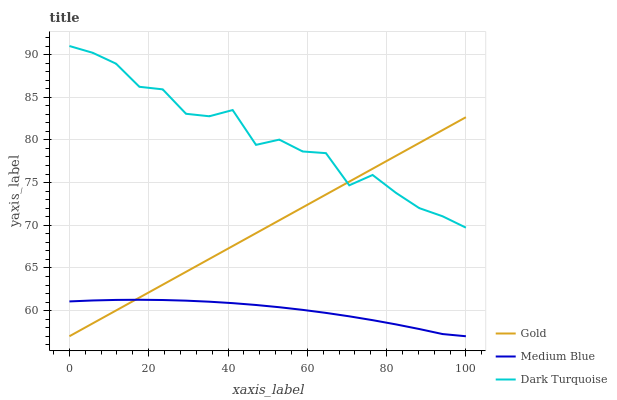
| xaxis_label | Gold | Medium Blue | Dark Turquoise |
 | --- | --- | --- | --- |
 | 0 | 57 | 61.1 | 91 |
 | 5.88 | 58.5 | 61.2 | 90.2 |
 | 11.8 | 60 | 61.3 | 88.9 |
 | 17.6 | 61.5 | 61.3 | 86.2 |
 | 23.5 | 63 | 61.2 | 85.9 |
 | 29.4 | 64.5 | 61.2 | 83.1 |
 | 35.3 | 66.1 | 61 | 82.8 |
 | 41.2 | 67.6 | 60.9 | 83.5 |
 | 47.1 | 69.1 | 60.7 | 79.4 |
 | 52.9 | 70.6 | 60.4 | 80 |
 | 58.8 | 72.1 | 60.1 | 78.6 |
 | 64.7 | 73.6 | 59.7 | 78.4 |
 | 70.6 | 75.1 | 59.3 | 74.7 |
 | 76.5 | 76.6 | 58.9 | 75.9 |
 | 82.4 | 78.1 | 58.4 | 73.8 |
 | 88.2 | 79.6 | 57.8 | 72 |
 | 94.1 | 81.1 | 57.3 | 71.1 |
 | 100 | 82.7 | 57 | 69.7 |